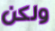
ولكن